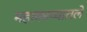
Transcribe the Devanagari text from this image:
महाकाव्यातले